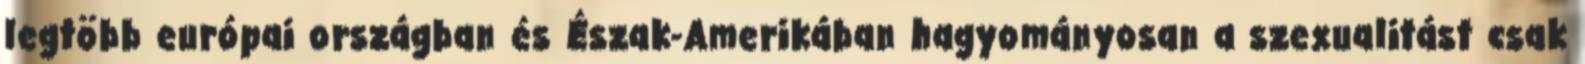
legtöbb európai országban és Észak-Amerikában hagyományosan a szexualitást csak